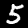
Digit: 5